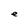
Character: e